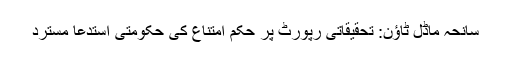
سانحہ ماڈل ٹاؤن: تحقیقاتی رپورٹ پر حکم امتناع کی حکومتی استدعا مسترد